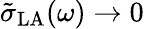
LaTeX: \tilde{\sigma}_{\mathrm{LA}}(\omega)\rightarrow 0